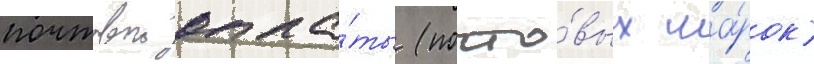
почтовои опла́ты (почто́вых ма́рок)